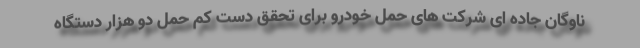
ناوگان جاده ای شرکت های حمل خودرو برای تحقق دست کم حمل دو هزار دستگاه